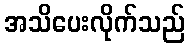
အသိပေးလိုက်သည်